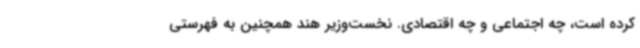
کرده است، چه اجتماعی و چه اقتصادی. نخست‌وزیر هند همچنین به فهرستی